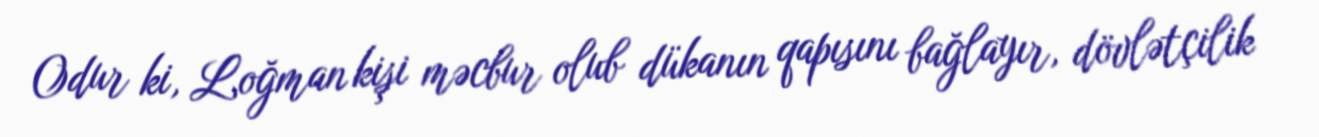
Odur ki, Loğman kişi məcbur olub dükanın qapısını bağlayır, dövlətçilik